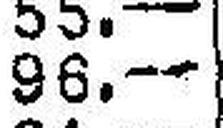
96.—